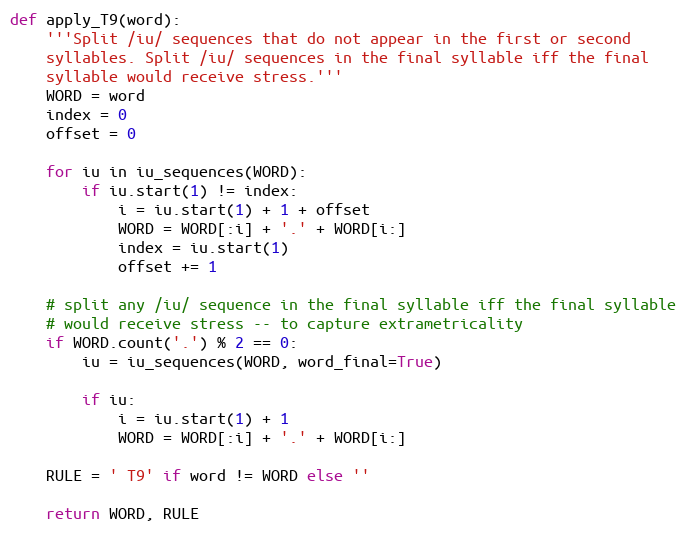
Language: Python
def apply_T9(word):
    '''Split /iu/ sequences that do not appear in the first or second
    syllables. Split /iu/ sequences in the final syllable iff the final
    syllable would receive stress.'''
    WORD = word
    index = 0
    offset = 0

    for iu in iu_sequences(WORD):
        if iu.start(1) != index:
            i = iu.start(1) + 1 + offset
            WORD = WORD[:i] + '.' + WORD[i:]
            index = iu.start(1)
            offset += 1

    # split any /iu/ sequence in the final syllable iff the final syllable
    # would receive stress -- to capture extrametricality
    if WORD.count('.') % 2 == 0:
        iu = iu_sequences(WORD, word_final=True)

        if iu:
            i = iu.start(1) + 1
            WORD = WORD[:i] + '.' + WORD[i:]

    RULE = ' T9' if word != WORD else ''

    return WORD, RULE